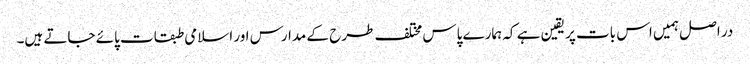
در اصل ہمیں اس بات پر یقین ہے کہ ہمارے پاس مختلف طرح کے مدارس اور اسلامی طبقات پائے جاتے ہیں۔